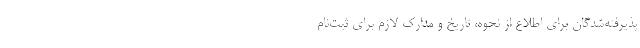
پذیرفته‌شدگان برای اطلاع از نحوه، تاریخ و مدارک لازم برای ثبت‌نام